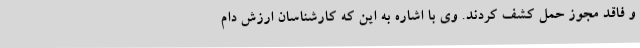
و فاقد مجوز حمل کشف کردند. وی با اشاره به این که کارشناسان ارزش دام